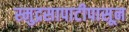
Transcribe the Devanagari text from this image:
स्मुद्रसापाटीपासून